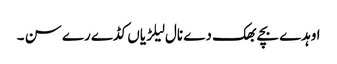
اوہدے بچے بھک دے نال لیلڑیاں کڈے رے سن ۔